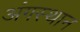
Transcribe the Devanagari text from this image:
अंगस्थान